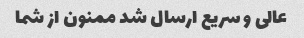
عالی و سریع ارسال شد ممنون از شما